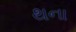
થના